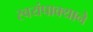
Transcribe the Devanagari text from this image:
स्वयंपाक्याने